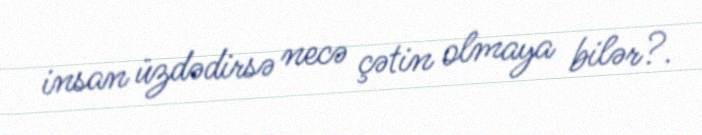
insan üzdədirsə necə çətin olmaya bilər?.